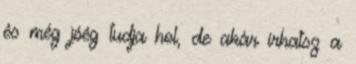
és még jóég tudja hol, de akár írhatsz a